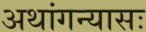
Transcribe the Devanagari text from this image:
अथांगन्यासः